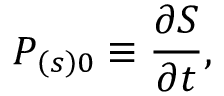
P _ { \left( s \right) 0 } \equiv \frac { \partial S } { \partial t } ,